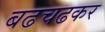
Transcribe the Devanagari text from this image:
बढचढकर